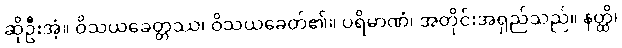
ဆိုဦးအံ့။ ဝိသယခေတ္တဿ၊ ဝိသယခေတ်၏။ ပရိမာဏံ၊ အတိုင်းအရှည်သည်။ နတ္ထိ၊